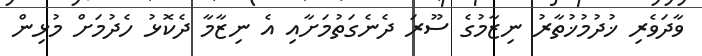
ވާދަވެރި ޚުދުމުޚުތާރު ނިޒާމުގެ ސޫރަ ދެނެގަތުމަށާއި އެ ނިޒާމާ ދެކޮޅު ހެދުމަށް މުޅިން